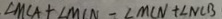
\angle M C A + \angle M C N - \angle M C N + \angle N C B